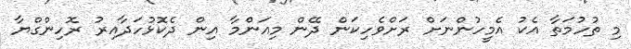
މި ތުހުމަތާ އެކު އެމީހުންނަށް ރަށްވެހިކަން ދޭން މިއަންމާ އިން ދެކޮޅުހަދާއިރު ރޮހިންގްޔާ